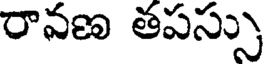
రావణ తపస్సు